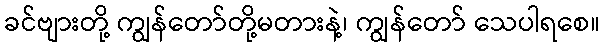
ခင်ဗျားတို့ ကျွန်တော်တို့မတားနဲ့၊ ကျွန်တော် သေပါရစေ။